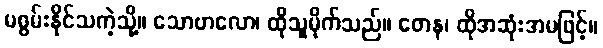
မစွမ်းနိုင်သကဲ့သို့။ သောဗာလော၊ ထိုသူမိုက်သည်။ တေန၊ ထိုအဆုံးအမဖြင့်။